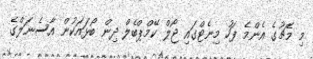
މި މެޗުގެ އެންމެ ފަހު މިނެޓްގައި ޖޯލް ކޭމްޕްބެލް ދިން ބޯޅައަކުން އާސެނަލްގެ